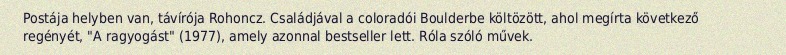
Postája helyben van, távírója Rohoncz. Családjával a coloradói Boulderbe költözött, ahol megírta következő regényét, "A ragyogást" (1977), amely azonnal bestseller lett. Róla szóló művek.